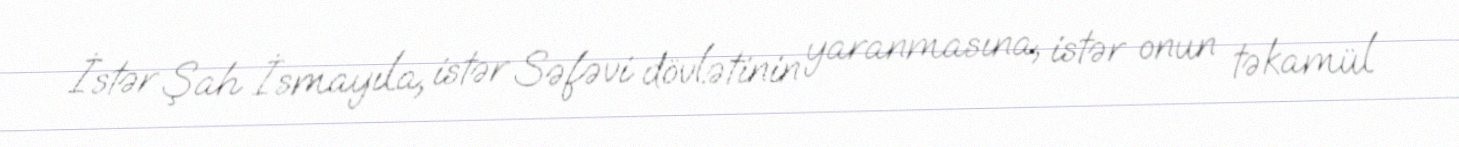
İstər Şah İsmayıla, istər Səfəvi dövlətinin yaranmasına, istər onun təkamül